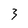
Character: 3